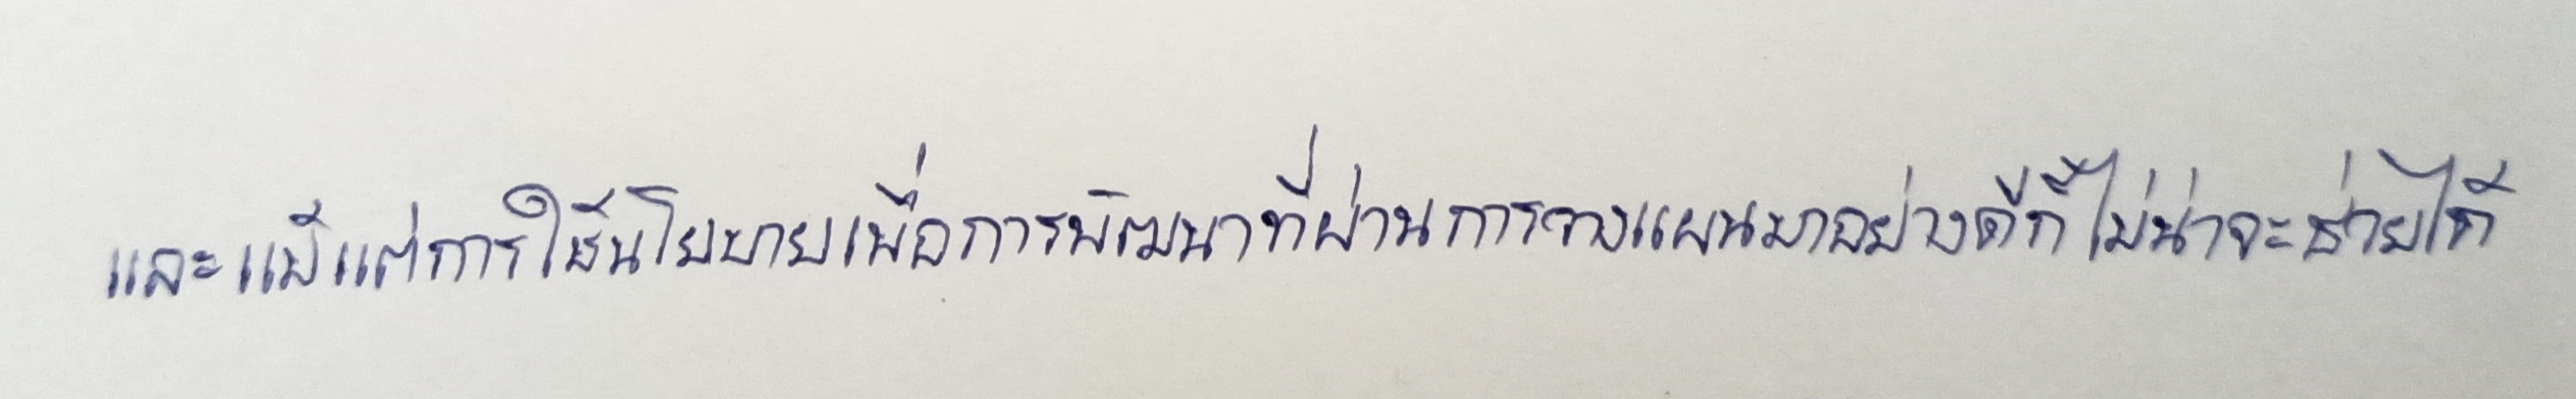
และแม้แต่การใช้นโยบายเพื่อการพัฒนาที่ผ่านการวางแผนมาอย่างดีก็ไม่น่าจะช่วยได้